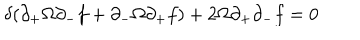
\delta ( \partial _ { + } \Omega \partial _ { - } f + \partial _ { - } \Omega \partial _ { + } f ) + 2 \Omega \partial _ { + } \partial _ { - } f = 0